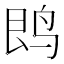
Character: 𱉝